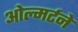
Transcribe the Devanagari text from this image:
ओल्मर्टने